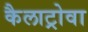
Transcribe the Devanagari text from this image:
कैलाट्रोवा